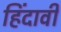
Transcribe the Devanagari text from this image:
हिंदावी